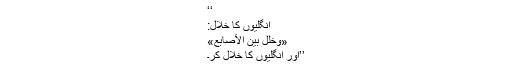
‘‘
انگلیوں کا خلال:
«وَخَلِّلْ بَيْنَ الأَصَابِعِ»
’’اور انگلیوں کا خلال کر۔